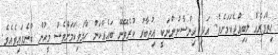
ހިތްވަރެއް ލިބިއްޖެކަމަށެވެ. އަދި އިންސާނުންނަކީ އިތުބާރު ކުރެވޭނޭ ބައެއްކަން ހާމަވިކަމަށްވެސް މީހުން ބުނެފައިވެއެވެ.